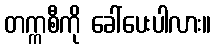
တက္ကစီကို ခေါ်ပေးပါလား။